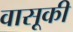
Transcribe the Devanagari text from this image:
वासूकी